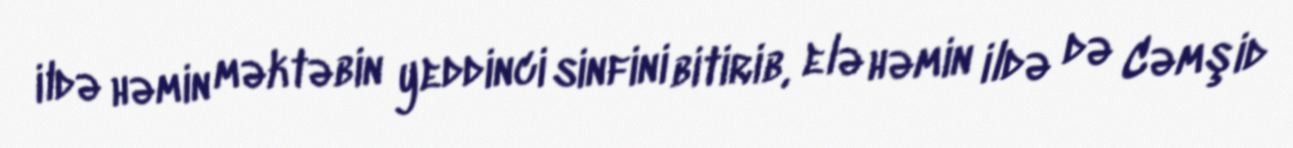
ildə həmin məktəbin yeddinci sinfini bitirib, elə həmin ildə də Cəmşid